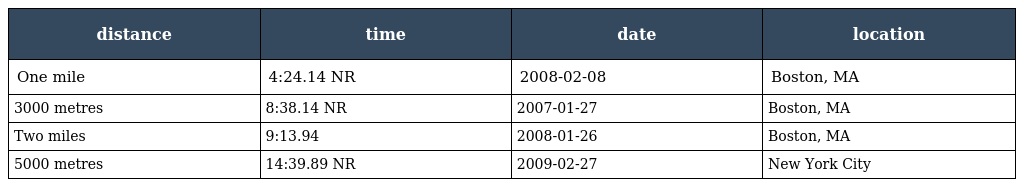
| distance | time | date | location |
 | --- | --- | --- | --- |
 | One mile | 4:24.14 NR | 2008-02-08 | Boston, MA |
 | 3000 metres | 8:38.14 NR | 2007-01-27 | Boston, MA |
 | Two miles | 9:13.94 | 2008-01-26 | Boston, MA |
 | 5000 metres | 14:39.89 NR | 2009-02-27 | New York City |